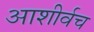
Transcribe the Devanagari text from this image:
आशीर्वच